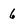
Character: 6